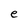
Character: e